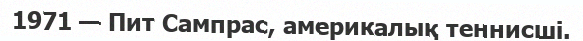
1971 — Пит Сампрас, америкалық теннисші.